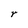
Character: r